Leaving Certificate Examination, 1910. Written examination, 1910
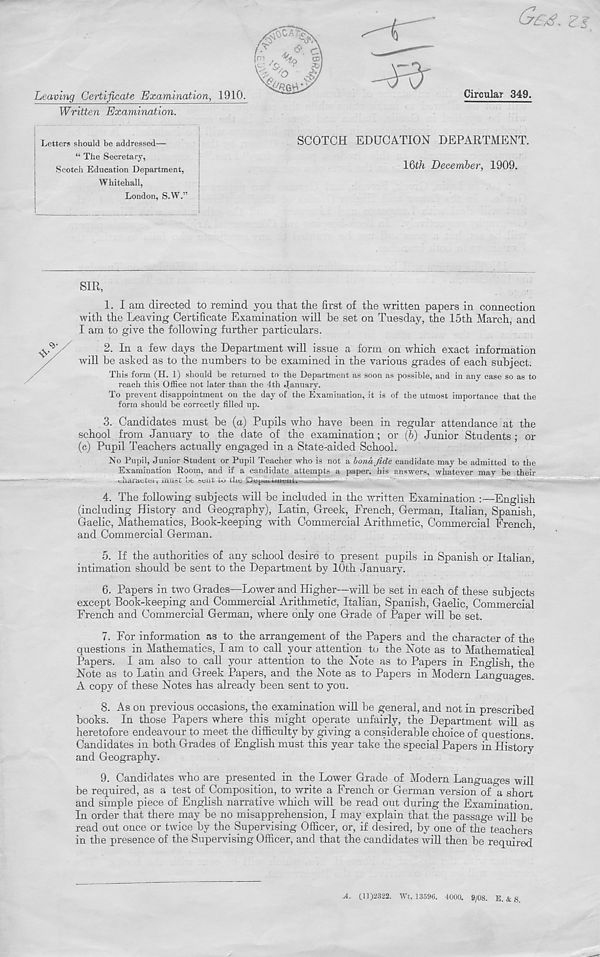
Leaving Certificate Examination, 1910.
Written Examination.
Circular 349.
Letters should be addressed—
“ The Secretary,
Scotcli Education Department,
Whitehall,
London, S.W.”
SCOTCH EDUCATION DEPARTMENT.
16th December, 1909.
SIR,
1. I am directed to remind you that the first of the written papers in connection
with the Leaving Certificate Examination will be set on Tuesday, the 15th March, and
I am to give the following further particulars.
2. In a few days the Department will issue a form on which exact information
will be asked as to the numbers to be examined in the various grades of each subject.
This form (H. 1) should be returned to the Department as soon as possible, and in any case so as to
reach this Office not later than the 4th January.
To prevent disappointment on the day of the Examination, it is of the utmost importance that the
form should be correctly filled up.
3. Candidates must be (a) Pupils who have been in regular attendance at the
school from January to the date of the examination; or (6) Junior Students ; or
(c) Pupil Teachers actually engaged in a State-aided School.
No Pupil, Junior Student or Pupil Teacher who is not a bona fide candidate may be admitted to the
Examination Room, and if a candidate attempts a paper, his answers, whatever may be their
. must
oeiit lu tlic
4. The following subjects will be included in the written Examination :—English
(including History and Geography), Latin, Greek, French, German, Italian, Spanish,
Gaelic, Mathematics, Book-keeping with Commercial Arithmetic, Commercial French,
and Commercial German.
5. If the authorities of any school desire to present pupils in Spanish or Italian,
intimation should be sent to the Department by 10th January.
6. Papers in two Grades—Lower and Higher—will be set in each of these subjects
except Book-keeping and Commercial Arithmetic, Italian, Spanish, Gaelic, Commercial
French and Commercial German, where only one Grade of Paper will be set.
7. For information as to the arrangement of the Papers and the character of the
questions in Mathematics, I am to call your attention to the Note as to Mathematical
Papers. I am also to call your attention to the Note as to Papers in English, the
Note as to Latin and Greek Papers, and the Note as to Papers in Modern Languages.
A copy of these Notes has already been sent to you.
8. As on previous occasions, the examination will be general, and not in prescribed
books. In those Papers where this might operate unfairly, the Department will as
heretofore endeavour to meet the difficulty by giving a considerable choice of questions.
Candidates in both Grades of English must this year take the special Papers in History
and Geography.
9. Candidates who are presented in the Lower Grade of Modern Languages will
be required, as a test of Composition, to write a French or German version of a short
and simple piece of English narrative which will be read out during the Examination.
In order that there may be no misapprehension, I may explain that the passage will be
read out once or twice by the Supervising Officer, or, if desired, by one of the teachers
in the presence of the Supervising Officer, and that the candidates will then be required
A. (11)2322. Wt. 13696. 4000. 9/08. E. & g.